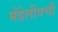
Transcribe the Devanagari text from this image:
मेंडेलीवची